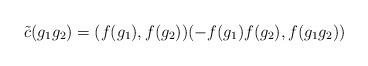
LaTeX: \begin{align*} \tilde{c}(g_1g_2) = (f(g_1),f(g_2))(-f(g_1)f(g_2),f(g_1g_2)) \end{align*}